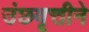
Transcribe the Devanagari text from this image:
उंछवृत्तीने